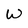
Character: W